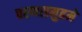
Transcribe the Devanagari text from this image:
चरणसमुहमे